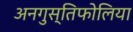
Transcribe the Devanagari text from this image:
अनगुस्तिफोलिया